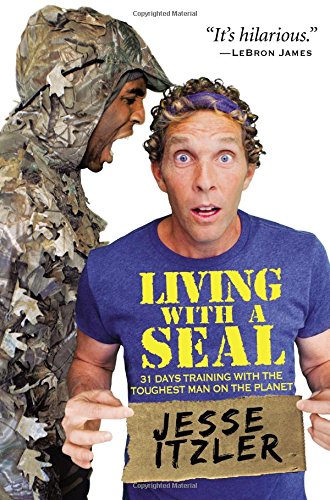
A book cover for Living with a SEAL: 31 Days Training with the Toughest Man on the Planet; Jesse Itzler; History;